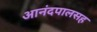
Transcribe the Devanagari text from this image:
आनंदपालसह